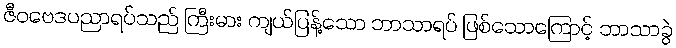
ဇီဝဗေဒပညာရပ်သည် ကြီးမား ကျယ်ပြန့်သော ဘာသာရပ် ဖြစ်သောကြောင့် ဘာသာခွဲ